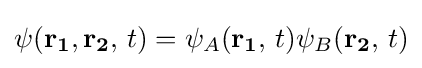
\psi (\mathbf {r_{1}} ,\mathbf {r_{2}} ,\,t)=\psi _{A}(\mathbf {r_{1}} ,\,t)\psi _{B}(\mathbf {r_{2}} ,\,t)